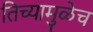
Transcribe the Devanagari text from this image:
तिच्यामुळेच